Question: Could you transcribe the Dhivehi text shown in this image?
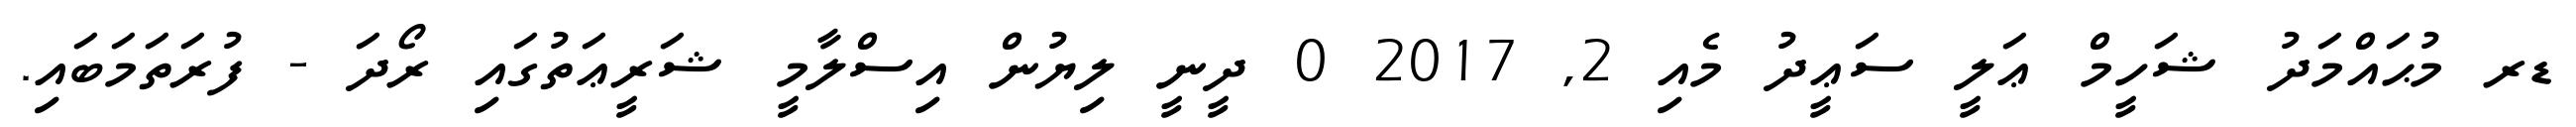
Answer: ޑރ މުޙައްމަދު ޝަހީމް ޢަލީ ސަޢީދު މެއި 2, 2017 0 ދީނީ ލިޔުން އިސްލާމީ ޝަރީޢަތުގައި ރޯދަ - ފުރަތަމަބައި.